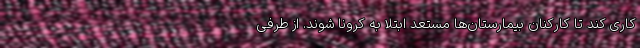
کاری کند تا کارکنان بیمارستان‌ها مستعد ابتلا به کرونا شوند. از طرفی